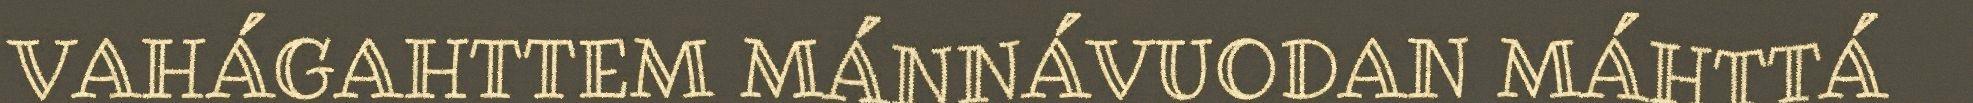
VAHÁGAHTTEM MÁNNÁVUODAN MÁHTTÁ